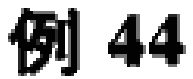
例 44